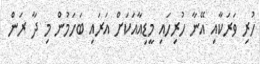
ހުރި ވަރަކާއި އޭނާ ހުރިހައި މީޑިއާއަކަށް އަރައި ބަހަމުން މި ދާ ރަން